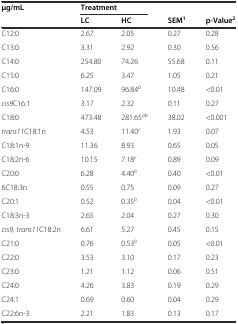
<table><thead><tr><td rowspan="2"><b>μg/mL</b></td><td colspan="2"><b>Treatment</b></td><td></td><td></td></tr><tr><td><b>LC</b></td><td><b>HC</b></td><td><b>SEM<sup>1</sup></b></td><td><b>p-Value<sup>2</sup></b></td></tr></thead><tbody><tr><td>C12:0</td><td>2.67</td><td>2.05</td><td>0.27</td><td>0.28</td></tr><tr><td>C13:0</td><td>3.31</td><td>2.92</td><td>0.30</td><td>0.56</td></tr><tr><td>C14:0</td><td>254.80</td><td>74.26</td><td>55.68</td><td>0.11</td></tr><tr><td>C15:0</td><td>6.25</td><td>3.47</td><td>1.05</td><td>0.21</td></tr><tr><td>C16:0</td><td>147.09</td><td>96.84<sup><i>b</i></sup></td><td>10.48</td><td>&lt;0.01</td></tr><tr><td><i>cis9</i>C16:1</td><td>3.17</td><td>2.32</td><td>0.11</td><td>0.27</td></tr><tr><td>C18:0</td><td>473.48</td><td>281.65<sup><i>ab</i></sup></td><td>38.02</td><td>&lt;0.001</td></tr><tr><td><i>trans11</i>C18:1n</td><td>4.53</td><td>11.40<sup><i>c</i></sup></td><td>1.93</td><td>0.07</td></tr><tr><td>C18:1n-9</td><td>11.36</td><td>8.93</td><td>0.65</td><td>0.05</td></tr><tr><td>C18:2n-6</td><td>10.15</td><td>7.18<sup><i>c</i></sup></td><td>0.89</td><td>0.09</td></tr><tr><td>C20:0</td><td>6.28</td><td>4.40<sup><i>b</i></sup></td><td>0.40</td><td>&lt;0.01</td></tr><tr><td>6C18:3n</td><td>0.55</td><td>0.75</td><td>0.09</td><td>0.27</td></tr><tr><td>C20:1</td><td>0.52</td><td>0.35<sup><i>b</i></sup></td><td>0.04</td><td>&lt;0.01</td></tr><tr><td>C18:3n-3</td><td>2.65</td><td>2.04</td><td>0.27</td><td>0.30</td></tr><tr><td><i>cis9, trans11</i>C18:2n</td><td>6.61</td><td>5.27</td><td>0.45</td><td>0.15</td></tr><tr><td>C21:0</td><td>0.76</td><td>0.53<sup><i>b</i></sup></td><td>0.05</td><td>&lt;0.01</td></tr><tr><td>C22:0</td><td>3.53</td><td>3.10</td><td>0.17</td><td>0.23</td></tr><tr><td>C23:0</td><td>1.21</td><td>1.12</td><td>0.06</td><td>0.51</td></tr><tr><td>C24:0</td><td>4.26</td><td>3.83</td><td>0.19</td><td>0.29</td></tr><tr><td>C24:1</td><td>0.69</td><td>0.60</td><td>0.04</td><td>0.29</td></tr><tr><td>C22:6n-3</td><td>2.21</td><td>1.83</td><td>0.13</td><td>0.17</td></tr></tbody></table>